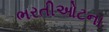
ભરતીઓટના